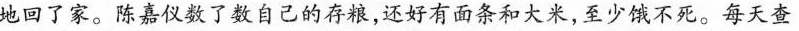
地回了家。陈嘉仅了数自己的存粮，还好有面条和大米，至少饿不死。每天查